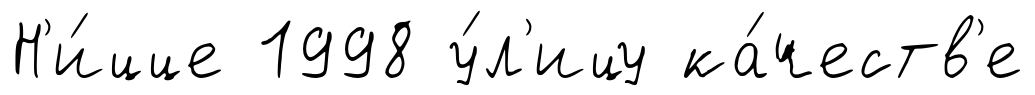
Н'и́цце 1998 у́л'ицу ка́честв'е